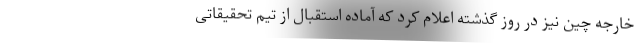
خارجه چین نیز در روز گذشته اعلام کرد که آماده استقبال از تیم تحقیقاتی